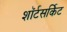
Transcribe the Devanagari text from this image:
शॉर्टसर्किट